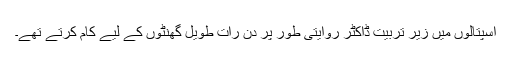
اسپتالوں میں زیر تربیت ڈاکٹر روایتی طور پر دن رات طویل گھنٹوں کے لیے کام کرتے تھے۔